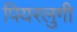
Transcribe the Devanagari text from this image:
पियरलुगी